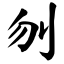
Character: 刎